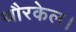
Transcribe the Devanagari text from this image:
थौरकेल।